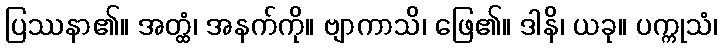
ပြဿနာ၏။ အတ္ထံ၊ အနက်ကို။ ဗျာကာသိ၊ ဖြေ၏။ ဒါနိ၊ ယခု။ ပက္ကုသံ၊